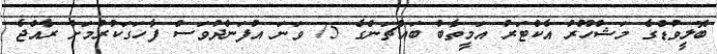
ބޮލީވުޑްގެ މަޝްހޫރު އެކްޓަރު އަމީތާބް ބައްޗަންގެ 75 ވަނަ އުފަންދުވަސް ފާހަގަކުރުމަށް ރާއްޖެ